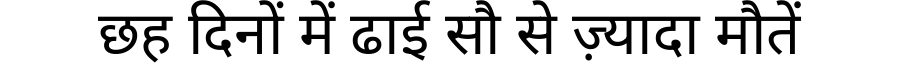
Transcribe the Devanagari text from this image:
छह दिनों में ढाई सौ से ज़्यादा मौतें